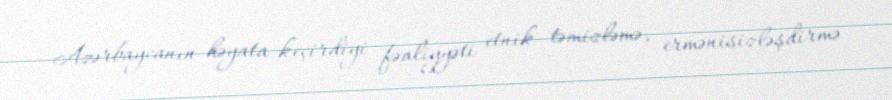
Azərbaycanın həyata keçirdiyi fəaliyyəti etnik təmizləmə, ermənisizləşdirmə